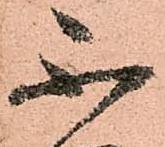
不